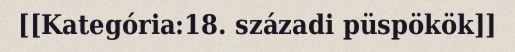
[[Kategória:18. századi püspökök]]